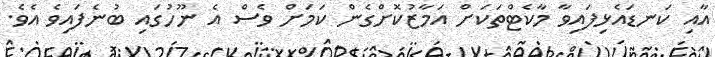
އާއި ކަނޑައެޅިފައިވާ މާކެޓްތަކަށް އަމާޒުކޮށްގެން ކަމަށް ވެސް އެ ނޫހުގައި ބުނެފައިވެ އެވެ.